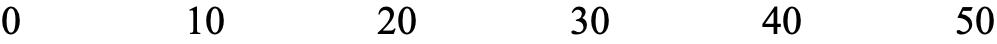
0     10     20    30    40     50